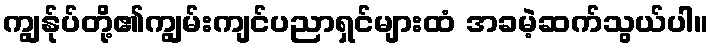
ကျွန်ုပ်တို့၏ကျွမ်းကျင်ပညာရှင်များထံ အခမဲ့ဆက်သွယ်ပါ။